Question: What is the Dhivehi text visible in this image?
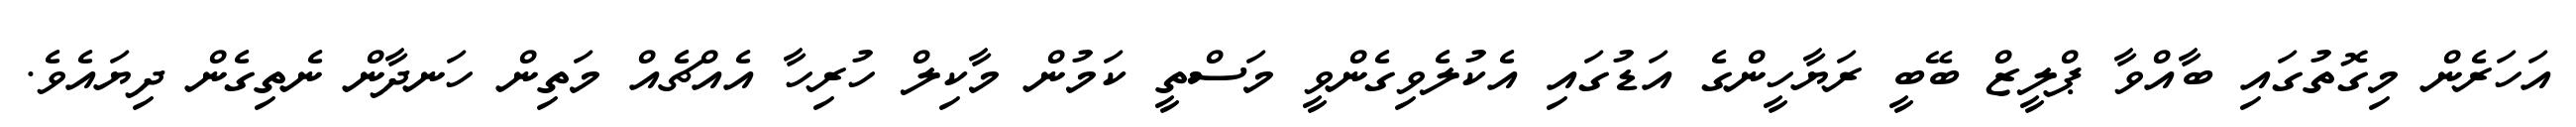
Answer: އަހަރެން މިގޮތުގައި ބާއްވާ ޕްލީޒް ބޭބީ ރަޔާހީންގެ އަޑުގައި އެކުލެވިގެންވީ މަސްތީ ކަމުން މާކިލް ހުރިހާ އެއްޗެއް މަތިން ހަނދާން ނެތިގެން ދިޔައެވެ.